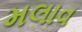
મલાવ